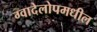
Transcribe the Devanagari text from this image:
ग्वादेलोपमधील